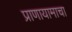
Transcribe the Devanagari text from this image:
प्राणायामाचा